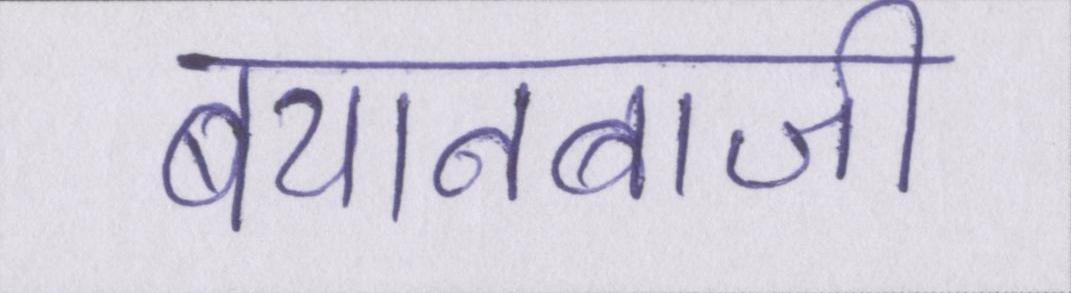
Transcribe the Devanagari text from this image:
बयानबाजी